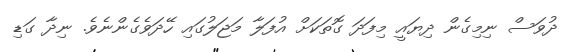
ދުވަސް ނިމިގެން ދިޔައީ މިފަދަ ގޮތަކަށް އުފަލާ މަޖަލުގައި ހޭދަވެގެންނެވެ. ނިދާ ގަޑި